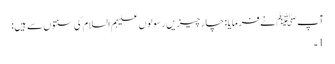
آپﷺ نے فرمایا: چارچیزیں رسولوں علیہم السلام کی سنتوں سے ہیں:
1۔